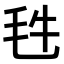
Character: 𣬳